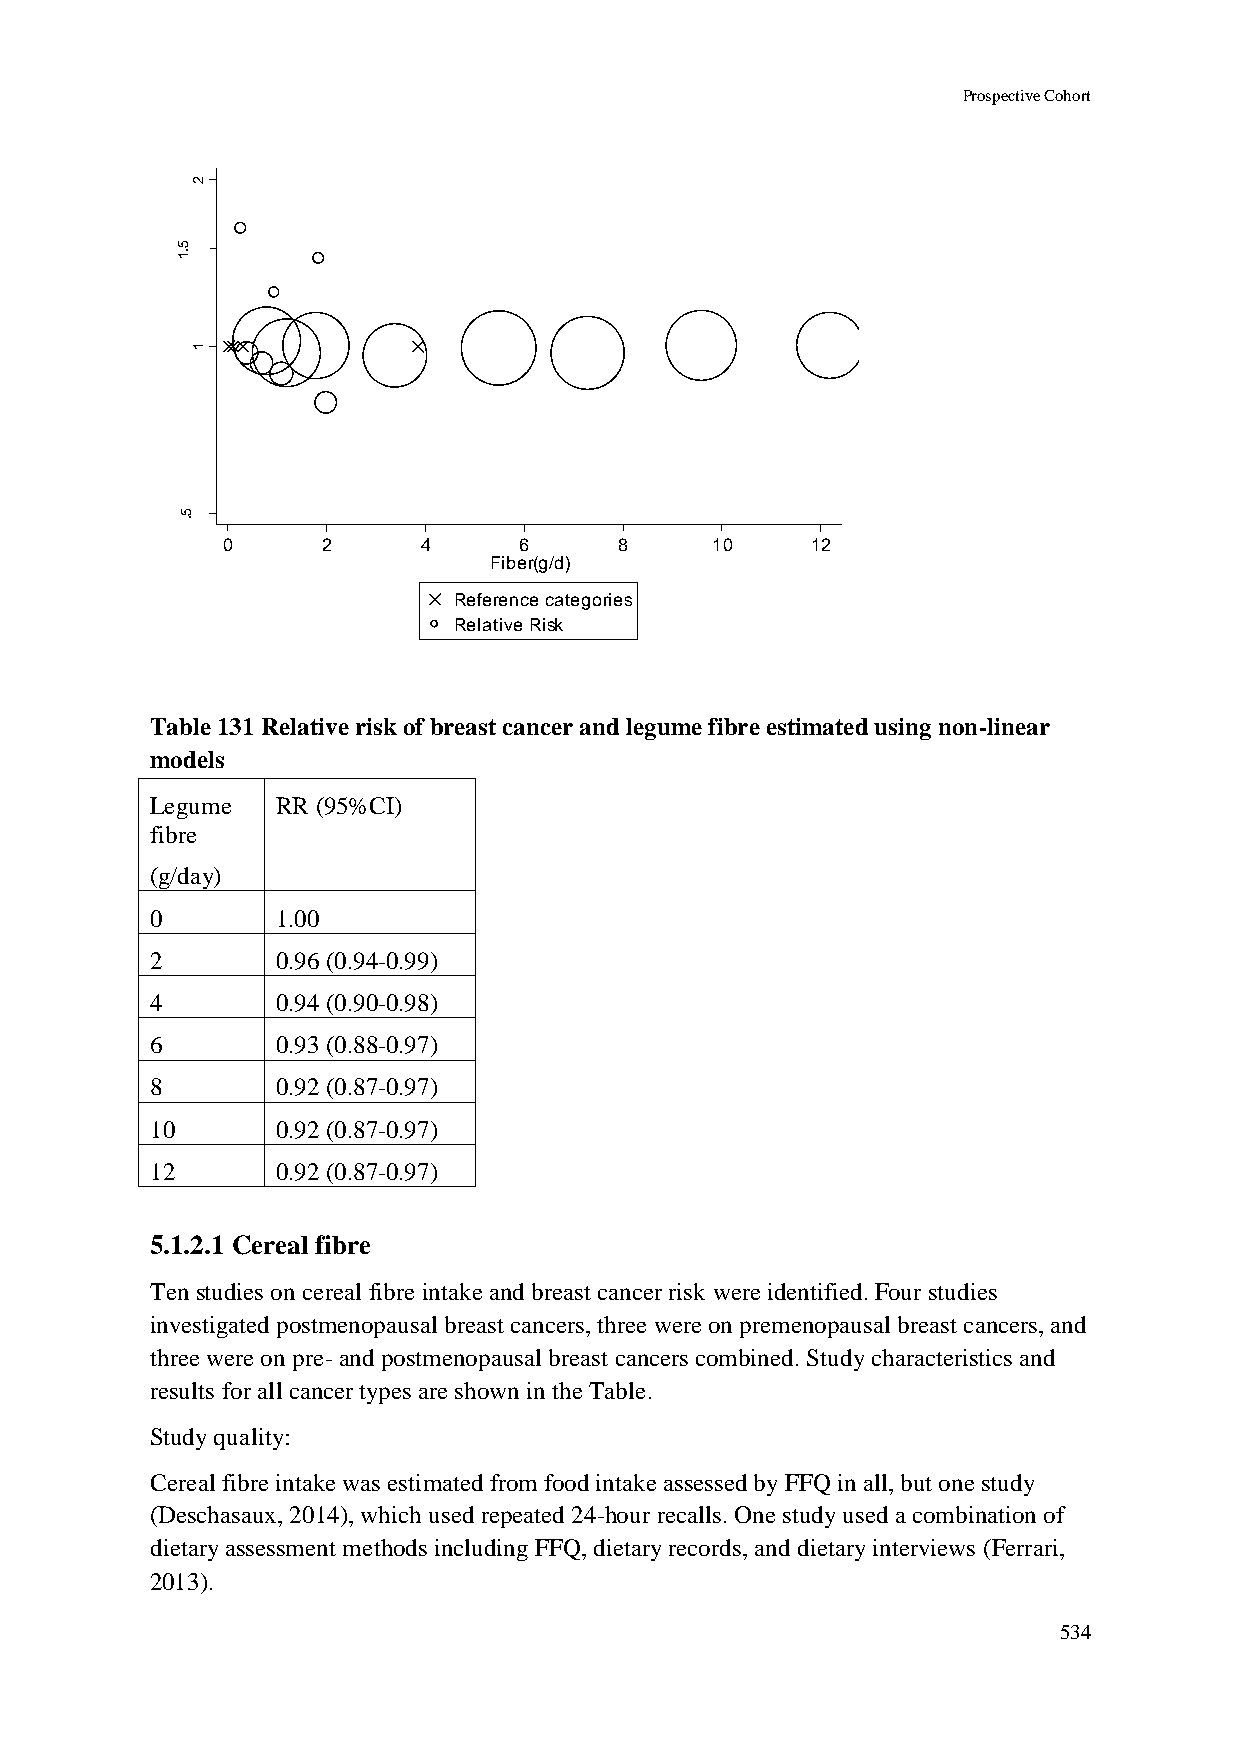
Prospective Cohort
 2
 5
 .1
 R
 R
 d
 e
 ta         1
 m
 its
 E
 5
 .
 0     2      4     6      8     10     12
 Fiber(g/d)
 Reference categories
 Relative Risk
 Table 131 Relative risk of breast cancer and legume fibre estimated using non-linear
 models
 Legume  RR (95%CI)
 fibre
 (g/day)
 0       1.00
 2       0.96 (0.94-0.99)
 4       0.94 (0.90-0.98)
 6       0.93 (0.88-0.97)
 8       0.92 (0.87-0.97)
 10      0.92 (0.87-0.97)
 12      0.92 (0.87-0.97)
 5.1.2.1 Cereal fibre
 Ten studies on cereal fibre intake and breast cancer risk were identified. Four studies
 investigated postmenopausal breast cancers, three were on premenopausal breast cancers, and
 three were on pre- and postmenopausal breast cancers combined. Study characteristics and
 results for all cancer types are shown in the Table.
 Study quality:
 Cereal fibre intake was estimated from food intake assessed by FFQ in all, but one study
 (Deschasaux, 2014), which used repeated 24-hour recalls. One study used a combination of
 dietary assessment methods including FFQ, dietary records, and dietary interviews (Ferrari,
 2013).
 534